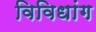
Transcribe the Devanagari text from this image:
विविधांग